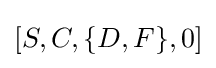
[S,C,\{D,F\},0]